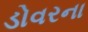
ડોવરના